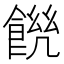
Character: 𩜆